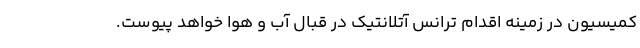
کمیسیون در زمینه اقدام ترانس آتلانتیک در قبال آب و هوا خواهد پیوست.